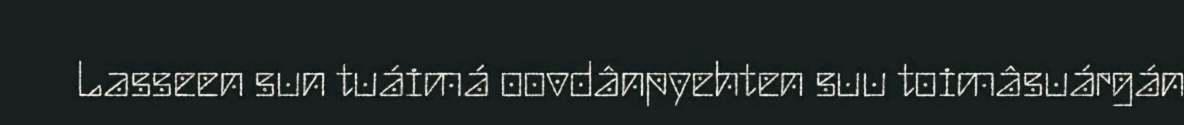
Lasseen sun tuáimá oovdânpyehten suu toimâsuárgán